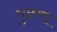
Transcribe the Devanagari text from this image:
तुळणा